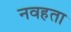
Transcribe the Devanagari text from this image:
नवहता